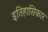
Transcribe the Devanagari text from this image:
इतिहासिकार